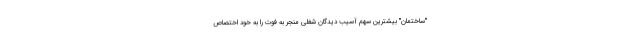
"ساختمان" بیشترین سهم آسیب دیدگان شغلی منجر به فوت را به خود اختصاص